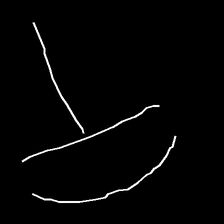
Glyph: dispersion